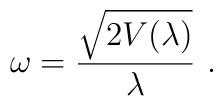
\omega = \frac{\sqrt{2V(\lambda)}}{\lambda} ~ .